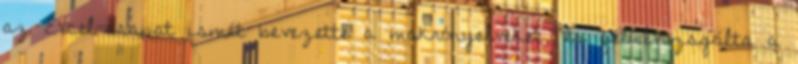
az Excel-csapat ismét bevezette a makrónyelveket, és felülvizsgálta a